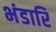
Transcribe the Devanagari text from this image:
भंडारि